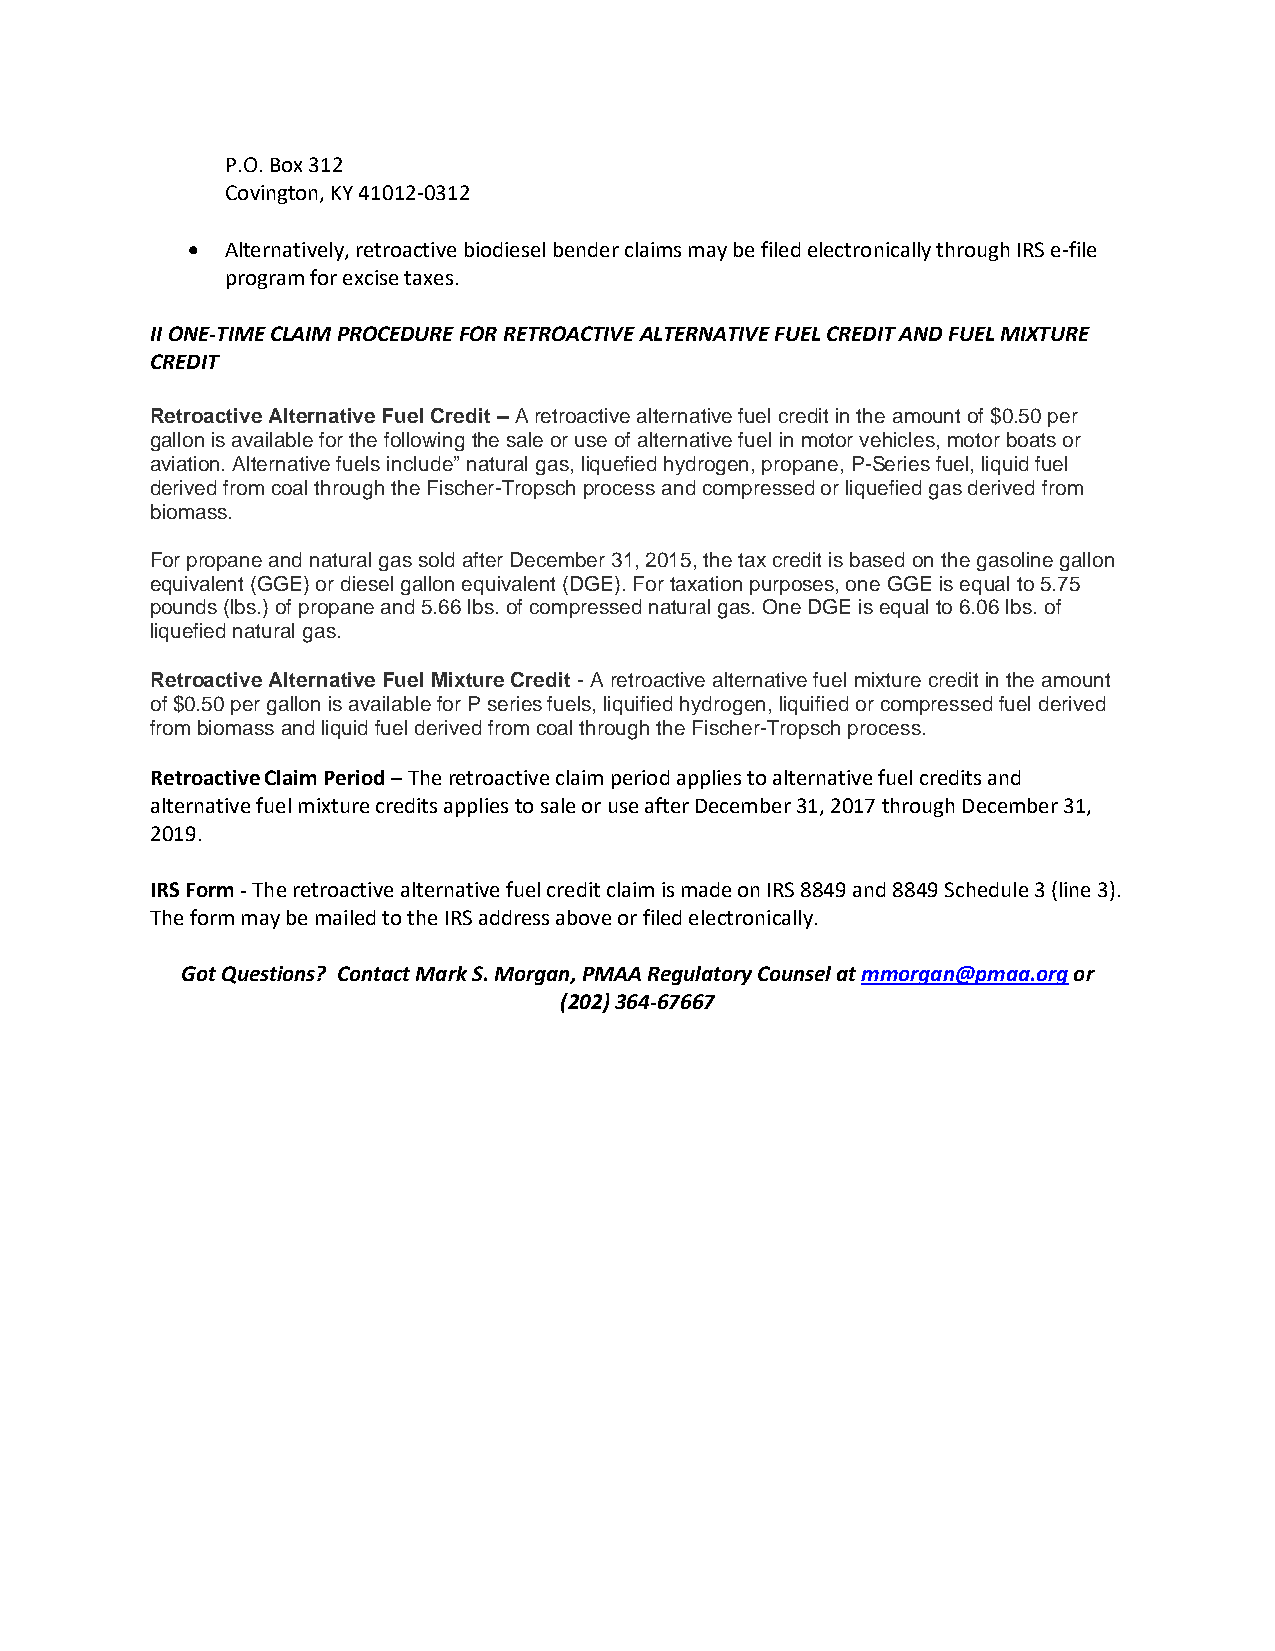
P.O. Box 312
 Covington, KY 41012-0312
 •  Alternatively, retroactive biodiesel bender claims may be filed electronically through IRS e-file
 program for excise taxes.
 II ONE-TIME CLAIM PROCEDURE FOR RETROACTIVE ALTERNATIVE FUEL CREDIT AND FUEL MIXTURE
 CREDIT
 Retroactive Alternative Fuel Credit – A retroactive alternative fuel credit in the amount of $0.50 per
 gallon is available for the following the sale or use of alternative fuel in motor vehicles, motor boats or
 aviation. Alternative fuels include” natural gas, liquefied hydrogen, propane, P-Series fuel, liquid fuel
 derived from coal through the Fischer-Tropsch process and compressed or liquefied gas derived from
 biomass.
 For propane and natural gas sold after December 31, 2015, the tax credit is based on the gasoline gallon
 equivalent (GGE) or diesel gallon equivalent (DGE). For taxation purposes, one GGE is equal to 5.75
 pounds (lbs.) of propane and 5.66 lbs. of compressed natural gas. One DGE is equal to 6.06 lbs. of
 liquefied natural gas.
 Retroactive Alternative Fuel Mixture Credit - A retroactive alternative fuel mixture credit in the amount
 of $0.50 per gallon is available for P series fuels, liquified hydrogen, liquified or compressed fuel derived
 from biomass and liquid fuel derived from coal through the Fischer-Tropsch process.
 Retroactive Claim Period – The retroactive claim period applies to alternative fuel credits and
 alternative fuel mixture credits applies to sale or use after December 31, 2017 through December 31,
 2019.
 IRS Form - The retroactive alternative fuel credit claim is made on IRS 8849 and 8849 Schedule 3 (line 3).
 The form may be mailed to the IRS address above or filed electronically.
 Got Questions? Contact Mark S. Morgan, PMAA Regulatory Counsel at mmorgan@pmaa.org or
 (202) 364-67667